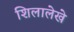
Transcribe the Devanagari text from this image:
शिलालेखे